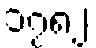
၁၇၈၂